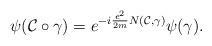
LaTeX: \begin{align*}\psi({\cal C}\circ\gamma)=e^{-i\frac{e^2}{2m}N({\cal C},\gamma)}\psi(\gamma).\end{align*}